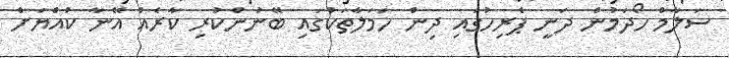
ސަލާމް ހޯދަމުން ދަނީ ޕެރިހުގައި ދިން ހަމަލާތަކުގައި ބޭނުންކުރި ކާރެއް އޭނާ ކުއްޔަށް